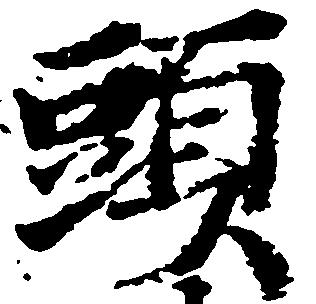
頭